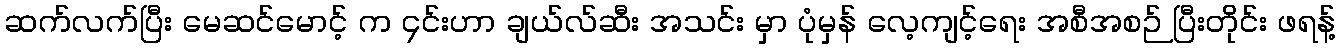
ဆက်လက်ပြီး မေဆင်မောင့် က ၄င်းဟာ ချယ်လ်ဆီး အသင်း မှာ ပုံမှန် လေ့ကျင့်ရေး အစီအစဉ် ပြီးတိုင်း ဖရန့်